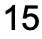
15